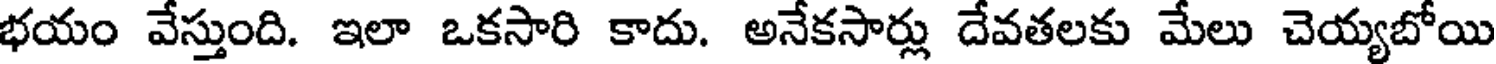
భయం వేస్తుంది. ఇలా ఒకసారి కాదు. అనేకసార్లు దేవతలకు మేలు చెయ్యబోయి